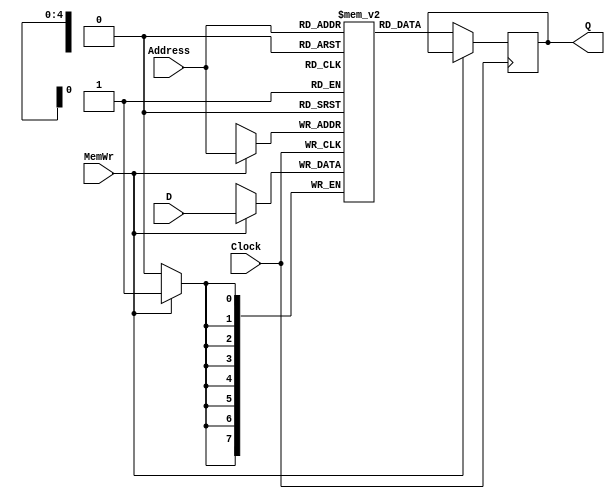
module RAM32x8(
  input       MemWr,Clock,
  input       [4:0]Address,
  input       [7:0]D,
  output reg  [7:0]Q
  );
  
  reg [7:0]Mem[31:0];
  
  always@(posedge Clock)
   begin 
    if(MemWr)
      Mem[Address] <= D;
    else
      Q <= Mem[Address];
   end
  
  
  endmodule